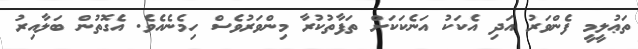
ތަޢުލީމީ ފެންވަރު އަދި އެކަކު އަނެކަކަށް ތަފާތުކުރާ މިންވަރުވެސް ހިމެނެއެވެ. އެގޮތުން ބަލާއިރު